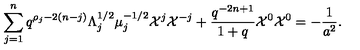
\sum _ { j = 1 } ^ { n } q ^ { \rho _ { j } - 2 ( n - j ) } \Lambda _ { j } ^ { 1 / 2 } \mu _ { j } ^ { - 1 / 2 } { \cal X } ^ { j } { \cal X } ^ { - j } + \frac { q ^ { - 2 n + 1 } } { 1 + q } { \cal X } ^ { 0 } { \cal X } ^ { 0 } = - \frac { 1 } { a ^ { 2 } } .